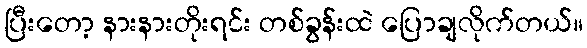
ပြီးတော့ နားနားတိုးရင်း တစ်ခွန်းထဲ ပြောချလိုက်တယ်။